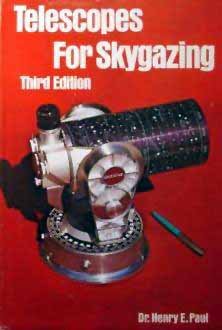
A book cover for Telescopes for Skygazing; Henry E. Paul; Science & Math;